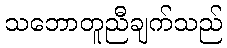
သဘောတူညီချက်သည်